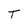
Character: T